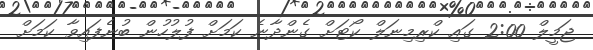
ޖަމީލް 2:00 ގައި ކްރިމިނަލް ކޯޓަށް ގެންދާނެ ކަމަށް ފުލުހުން ބުނެފައިވާ ކަމަށް